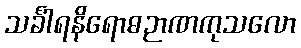
သင်္ခါရနိရောဓဉာဏကုသလော